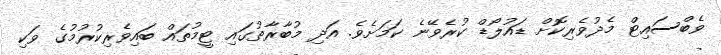
ވެބްސައިޓް މެދުވެރިކޮށް ޑައުލޯޑް ކުރެވޭނެ ކަމަށެވެ. އަދި މުބާރާތުގައި ޓީމުތައް ބައިވެރިކުރުމުގެ ވަކި